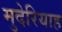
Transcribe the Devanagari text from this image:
मुदेरियाह